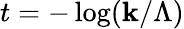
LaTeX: t=-\log(\mathbf{k}/\Lambda)